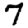
Digit: 7